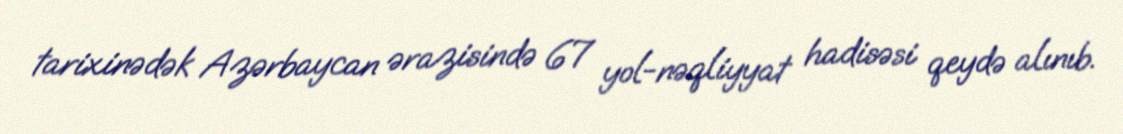
tarixinədək Azərbaycan ərazisində 67 yol-nəqliyyat hadisəsi qeydə alınıb.